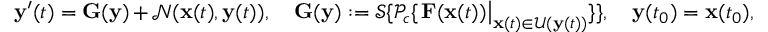
\mathbf { y } ^ { \prime } ( t ) = \mathbf { G } ( \mathbf { y } ) + \mathcal { N } ( \mathbf { x } ( t ) , \mathbf { y } ( t ) ) , \quad \mathbf { G } ( \mathbf { y } ) : = \mathcal { S } \{ \mathcal { P } _ { c } \{ \left. \mathbf { F } ( \mathbf { x } ( t ) ) \right| _ { \mathbf { x } ( t ) \in \mathcal { U } ( \mathbf { y } ( t ) ) } \} \} , \quad \mathbf { y } ( t _ { 0 } ) = \mathbf { x } ( t _ { 0 } ) ,